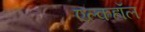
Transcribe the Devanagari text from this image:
एल्कहॉल